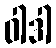
ဝါဒါ